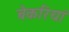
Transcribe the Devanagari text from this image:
बेकरियां